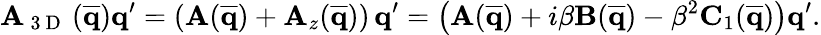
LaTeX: \mathbf{A}_{\mathrm{~3~D~}}\, (\mathbf{\overline{{q}}})\mathbf{q}^{\prime}=(\mathbf{A}(\mathbf{\overline{{q}}})+\mathbf{A}_{z}(\mathbf{\overline{{q}}}))\, \mathbf{q}^{\prime}=\left(\mathbf{A}(\mathbf{\overline{{q}}})+i\beta\mathbf{B}(\mathbf{\overline{{q}}})-\beta^{2}\mathbf{C}_{1}(\mathbf{\overline{{q}}})\right)\mathbf{q}^{\prime}.